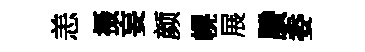
恙摄妄颜幌展賸委